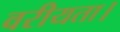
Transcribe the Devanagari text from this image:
वरीयता।